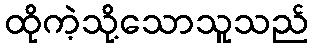
ထိုကဲ့သို့သောသူသည်